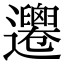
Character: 𨙙